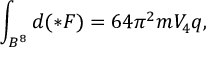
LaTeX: \int _ { B ^ { 8 } } d ( \ast F ) = 6 4 \pi ^ { 2 } m V _ { 4 } q ,